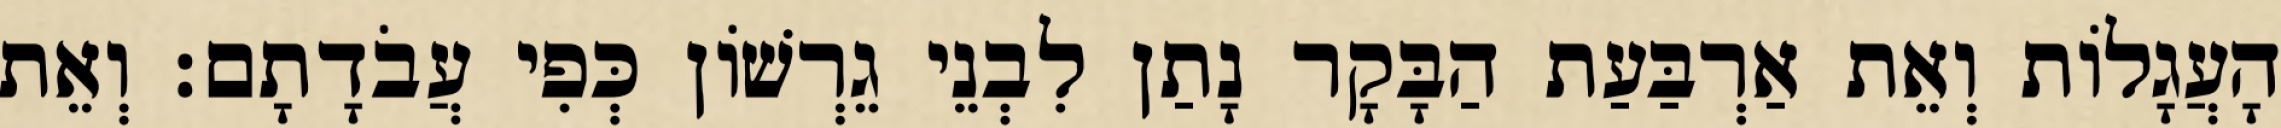
הָעֲגָלוֹת וְאֵת אַרְבַּעַת הַבָּקָר נָתַן לִבְנֵי גֵרְשׁוֹן כְּפִי עֲבֹדָתָם׃ וְאֵת